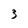
Character: 3